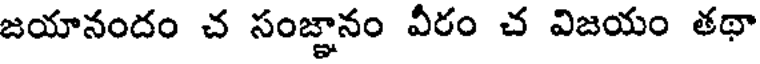
జయానందం చ సంజ్ఞానం వీరం చ విజయం తథా